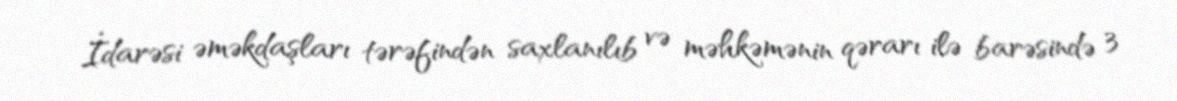
İdarəsi əməkdaşları tərəfindən saxlanılıb və məhkəmənin qərarı ilə barəsində 3